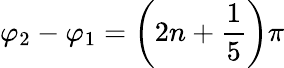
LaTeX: \varphi_{2}-\varphi_{1}=\left(2n+\frac{1}{5}\right)\pi